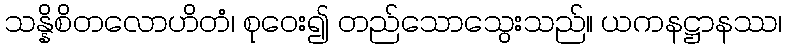
သန္နိစိတလောဟိတံ၊ စုဝေး၍ တည်သောသွေးသည်။ ယကနဋ္ဌာနဿ၊